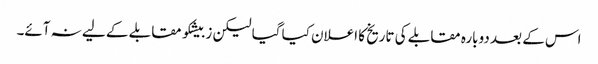
اس کے بعد دوبارہ مقابلے کی تاریخ کا اعلان کیا گیا لیکن زبیشکو مقابلے کے لیے نہ آئے۔